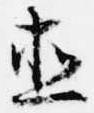
直